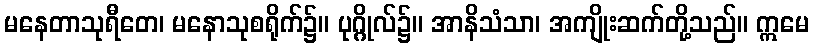
မနေတာသုရီတေ၊ မနောသုစရိုက်၌။ ပုဂ္ဂိုလ်၌။ အာနိသံသာ၊ အကျိုးဆက်တို့သည်။ ဣမေ